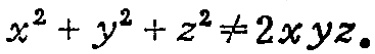
$x^{2}+y^{2}+z^{2}\neq 2xyz。$